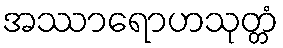
အဿာရောဟသုတ္တံ